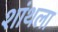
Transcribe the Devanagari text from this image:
शांथला